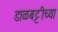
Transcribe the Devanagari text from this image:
डाळबट्टीच्या